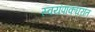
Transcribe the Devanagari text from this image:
स्वयंपाकघरांत